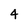
Character: 4